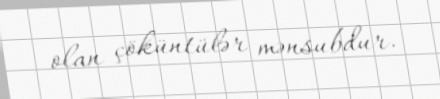
olan çöküntülər mənsubdur.